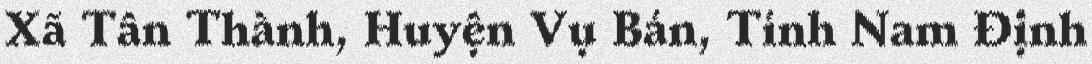
Xã Tân Thành, Huyện Vụ Bản, Tỉnh Nam Định